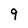
Character: 9